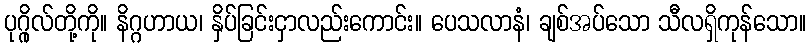
ပုဂ္ဂိုလ်တို့ကို။ နိဂ္ဂဟာယ၊ နှိပ်ခြင်းငှာလည်းကောင်း။ ပေသလာနံ၊ ချစ်အပ်သော သီလရှိကုန်သော။